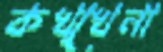
কখ্খেনা